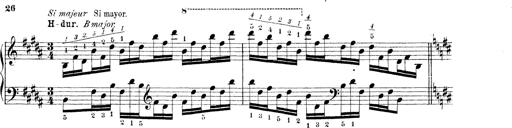
Title: Technische Studien
Composer: Franz Liszt